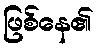
ဖြစ်နေ၏